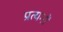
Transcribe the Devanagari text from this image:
प्रत्यनों